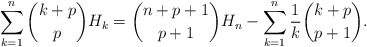
\begin{align*}\sum_{k=1}^{n} \binom{k+p}{p}H_k = \binom{n+p+1}{p+1} H_n -\sum_{k=1}^{n} \frac{1}{k}\binom{k+p}{p+1}.\end{align*}